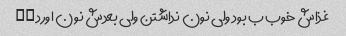
غذاش خوب ب بود ولی نون نداشتن ولی بعدش نون اورد∆∆